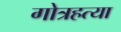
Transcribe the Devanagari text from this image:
गोत्रहत्या